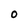
Character: 0